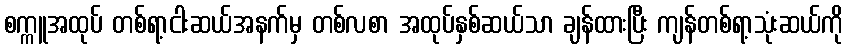
စက္ကူအထုပ် တစ်ရာ့ငါးဆယ်အနက်မှ တစ်လစာ အထုပ်နှစ်ဆယ်သာ ချန်ထားပြီး ကျန်တစ်ရာ့သုံးဆယ်ကို